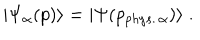
| \Psi _ { \alpha } ( p ) \rangle = | \Psi ( p _ { p h y s . \, \alpha } ) \rangle \; .